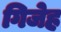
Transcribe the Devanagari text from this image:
गिजेह